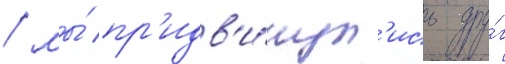
/ мы́ пр'идв'и́нул'ись дру́г